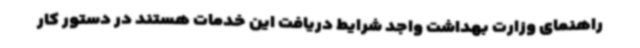
راهنمای وزارت بهداشت واجد شرایط دریافت این خدمات هستند در دستور کار